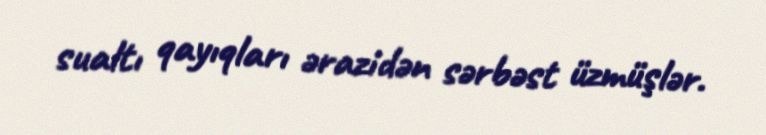
sualtı qayıqları ərazidən sərbəst üzmüşlər.